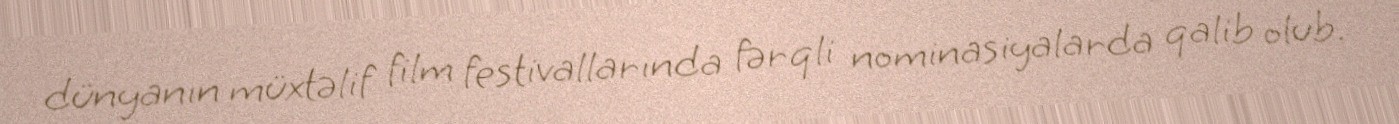
dünyanın müxtəlif film festivallarında fərqli nominasiyalarda qalib olub.